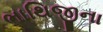
ભાથિજીના